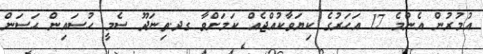
އުމުރުން އެންމެ 17 އަހަރުގެ ކިޔަވާކުއްޖެއް ކަމަށްވާ ގދ.ތިނަދޫ ސެމީ ހުސައިން ޙަސަން